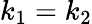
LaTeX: k_{1}=k_{2}